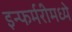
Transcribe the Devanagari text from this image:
इन्फर्मरीमध्ये